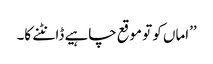
’’اماں کو تو موقع چاہیے ڈانٹنے کا۔